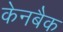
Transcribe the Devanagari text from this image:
केनबैक